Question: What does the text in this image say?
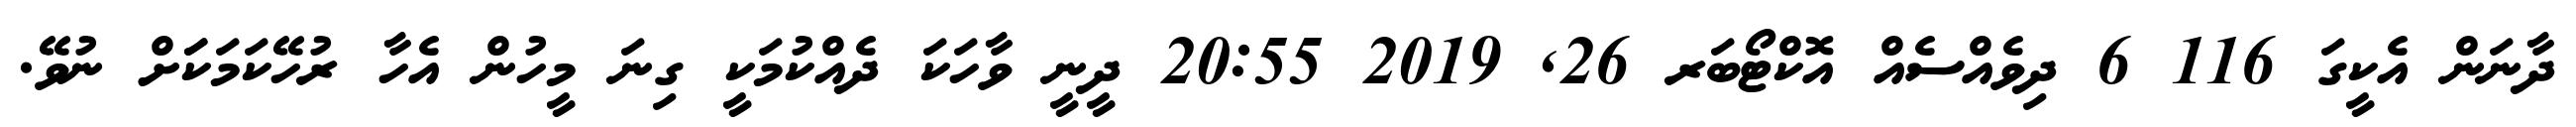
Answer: ދާނަން އެކީގަ 116 6 ދިވެއްސެއް އޮކްޓޯބަރ 26, 2019 20:55 ދީނީ ވާހަކަ ދެއްކުމަކީ ގިނަ މީހުން އެހާ ރުހޭކަމަކަަށް ނުވޭ.